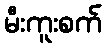
မီးကူးစက်